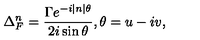
\Delta _ { F } ^ { n } = \frac { \Gamma e ^ { - i | n | \theta } } { 2 i \sin \theta } , \theta = u - i v ,